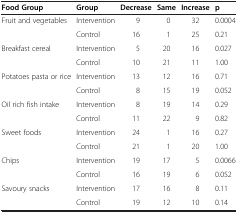
| Food Group | Group | Decrease | Same | Increase | p |
 | --- | --- | --- | --- | --- | --- |
 | Fruit and vegetables | Intervention | 9 | 0 | 32 | 0.0004 |
 |  | Control | 16 | 1 | 25 | 0.21 |
 | Breakfast cereal | Intervention | 5 | 20 | 16 | 0.027 |
 |  | Control | 10 | 21 | 11 | 1.00 |
 | Potatoes pasta or rice | Intervention | 13 | 12 | 16 | 0.71 |
 |  | Control | 8 | 15 | 19 | 0.052 |
 | Oil rich fish intake | Intervention | 8 | 19 | 14 | 0.29 |
 |  | Control | 11 | 22 | 9 | 0.82 |
 | Sweet foods | Intervention | 24 | 1 | 16 | 0.27 |
 |  | Control | 21 | 1 | 20 | 1.00 |
 | Chips | Intervention | 19 | 17 | 5 | 0.0066 |
 |  | Control | 16 | 19 | 6 | 0.052 |
 | Savoury snacks | Intervention | 17 | 16 | 8 | 0.11 |
 |  | Control | 19 | 12 | 10 | 0.14 |